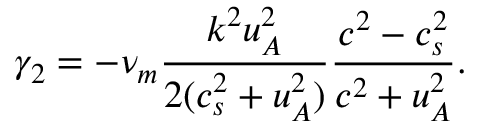
\gamma _ { 2 } = - \nu _ { m } \frac { k ^ { 2 } u _ { A } ^ { 2 } } { 2 ( c _ { s } ^ { 2 } + u _ { A } ^ { 2 } ) } \frac { c ^ { 2 } - c _ { s } ^ { 2 } } { c ^ { 2 } + u _ { A } ^ { 2 } } .